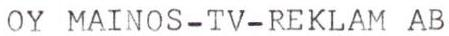
OY MAINOS-TV-REKLAM AB